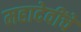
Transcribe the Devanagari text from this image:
महादेवींचे